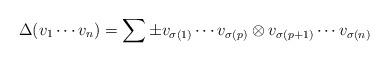
LaTeX: \begin{align*}\Delta(v_1 \cdots v_n) = \sum \pm v_{\sigma(1)} \cdots v_{\sigma(p)} \otimes v_{\sigma(p+1)} \cdots v_{\sigma(n)}\end{align*}